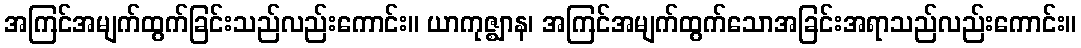
အကြင်အမျက်ထွက်ခြင်းသည်လည်းကောင်း။ ယာကုဇ္ဈာန၊ အကြင်အမျက်ထွက်သောအခြင်းအရာသည်လည်းကောင်း။